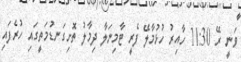
ވަނީ ރޭ 11:30 ހާއިރު ހުޅުމާލޭ ފެރީ ޓާމިނަލާ ދިމާލު ތޮށިގަނޑުމަތީގައި ހުރެފައި